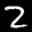
Label: 2